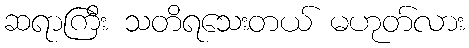
ဆရာကြီး သတိရသေးတယ် မဟုတ်လား